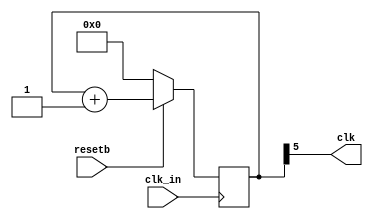
//! Wavefrom "Test"  
//!{ signal: [
//!{ name: "clk",         wave: "p.....|..." },
//!{ name: "Data",        wave: "x.345x|=.x", data: ["head", "body", "tail", "data"] },
//!{ name: "Request",     wave: "0.1..0|1.0" },
//!{},
//!{ name: "Acknowledge", wave: "1.....|01." }
//!]} 

module clk_div 
  #( parameter DIV = 5 //! Divide by
  )  
  (  input clk_in,    //! Clock input
     input resetb,    //! Use --! in VHDL 
     output clk ); 
   
   reg [5:0] cc_reg = 0; 

   assign clk = cc_reg[DIV]; 
   
   always @(posedge clk_in)
   begin
      if (!resetb)
         cc_reg <= 6'b000000;
      else
         cc_reg <= cc_reg + 6'h01;
   end
endmodule